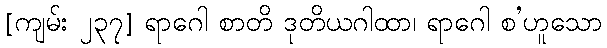
[ကျမ်း ၂၃၇] ရာဂေါ စာတိ ဒုတိယဂါထာ၊ ရာဂေါ စ’ဟူသော